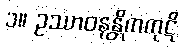
၁။ ဥဿာဝနန္တိကကုဋိ